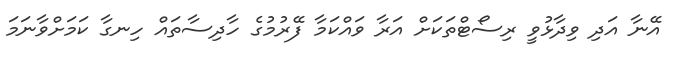
އޭނާ އަދި ވިދާޅުވީ ރިސޯޓްތަކަށް އަރާ ވައްކަމާ ފޭރުމުގެ ހާދިސާތައް ހިނގާ ކަމަށްވާނަމަ